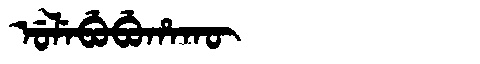
Manchu: ᡠᠯᡝᠪᡠᠪᡠᡥᠠᡴᡡ
Romanization: ULEBUBUHAKŪ